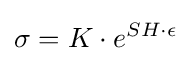
\sigma =K\cdot e^{{SH}\cdot \epsilon }